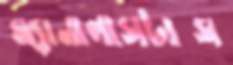
ম্যানালাসটাস